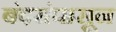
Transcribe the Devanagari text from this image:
बंदरांपासून